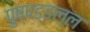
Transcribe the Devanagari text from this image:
पुष्पङ्ङल्ल